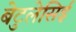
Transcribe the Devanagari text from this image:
बेटुलेसिई